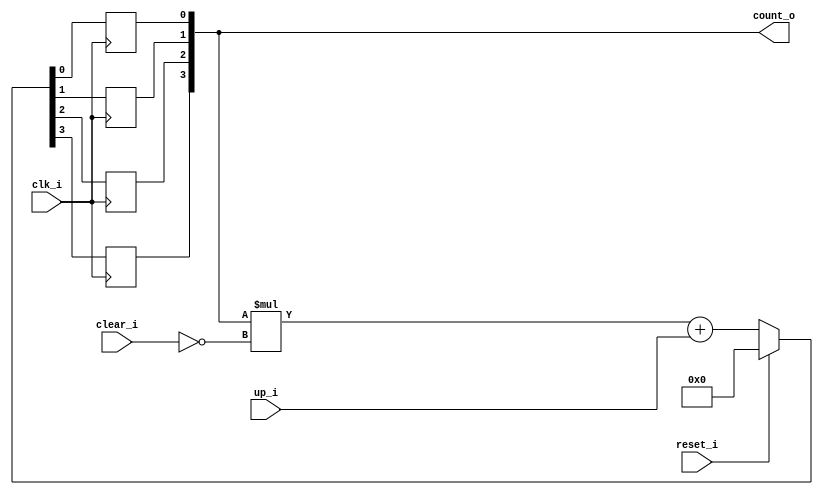
// This program was cloned from: https://github.com/NYU-MLDA/OpenABC
// License: BSD 3-Clause "New" or "Revised" License

module bsg_counter_clear_up_max_val_p8
(
  clk_i,
  reset_i,
  clear_i,
  up_i,
  count_o
);

  output [3:0] count_o;
  input clk_i;
  input reset_i;
  input clear_i;
  input up_i;
  wire [3:0] count_o;
  wire N0,N1,N2,N3,N4,N5,N6,N7,N8,N9,N10,N11,N12,N13,N14,N15,N16,N17;
  reg count_o_3_sv2v_reg,count_o_2_sv2v_reg,count_o_1_sv2v_reg,count_o_0_sv2v_reg;
  assign count_o[3] = count_o_3_sv2v_reg;
  assign count_o[2] = count_o_2_sv2v_reg;
  assign count_o[1] = count_o_1_sv2v_reg;
  assign count_o[0] = count_o_0_sv2v_reg;

  always @(posedge clk_i) begin
    if(1'b1) begin
      count_o_3_sv2v_reg <= N13;
    end 
  end


  always @(posedge clk_i) begin
    if(1'b1) begin
      count_o_2_sv2v_reg <= N12;
    end 
  end


  always @(posedge clk_i) begin
    if(1'b1) begin
      count_o_1_sv2v_reg <= N11;
    end 
  end


  always @(posedge clk_i) begin
    if(1'b1) begin
      count_o_0_sv2v_reg <= N10;
    end 
  end

  assign { N9, N8, N7, N6 } = { N17, N16, N15, N14 } + up_i;
  assign { N13, N12, N11, N10 } = (N0)? { 1'b0, 1'b0, 1'b0, 1'b0 } : 
                                  (N1)? { N9, N8, N7, N6 } : 1'b0;
  assign N0 = reset_i;
  assign N1 = N2;
  assign { N17, N16, N15, N14 } = count_o * N4;
  assign N2 = ~reset_i;
  assign N3 = N2;
  assign N4 = ~clear_i;
  assign N5 = N3 & N4;

endmodule